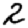
Digit: 2